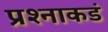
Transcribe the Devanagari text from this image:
प्रश्नाकडं